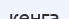
кенга